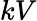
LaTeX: kV